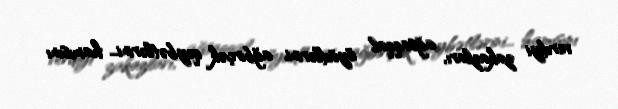
verdiyi zakazları, ağsaqqal öyüdlərini, ağbirçək qeybətlərini... hamısını